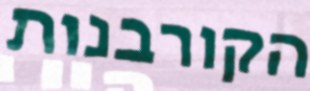
הקורבנות